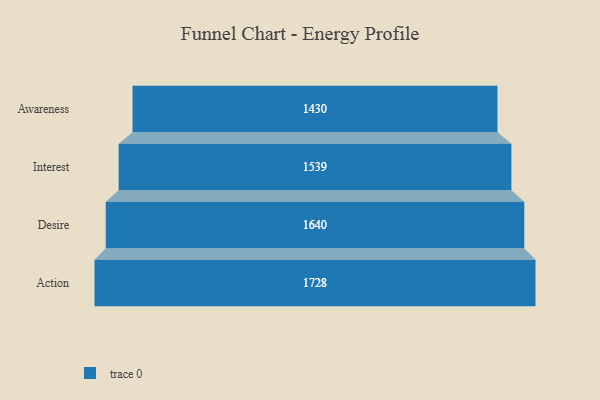
{"axis": {"x": "Stage", "y": "Value"}, "legend": [""], "data": [{"x": "Awareness", "y": 1430.0, "type": ""}, {"x": "Interest", "y": 1539.0, "type": ""}, {"x": "Desire", "y": 1640.0, "type": ""}, {"x": "Action", "y": 1728.0, "type": ""}]}